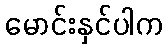
မောင်းနှင်ပါက